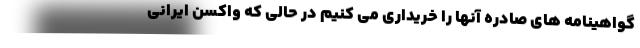
گواهینامه های صادره آنها را خریداری می کنیم در حالی که واکسن ایرانی